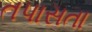
તપાસતા